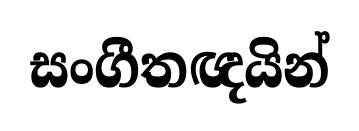
සංගීතඥයින්